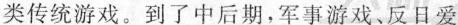
类传统游戏。到了中后期，军事游戏、反日爱